kultuurilooline_kollektsioon, lk 9
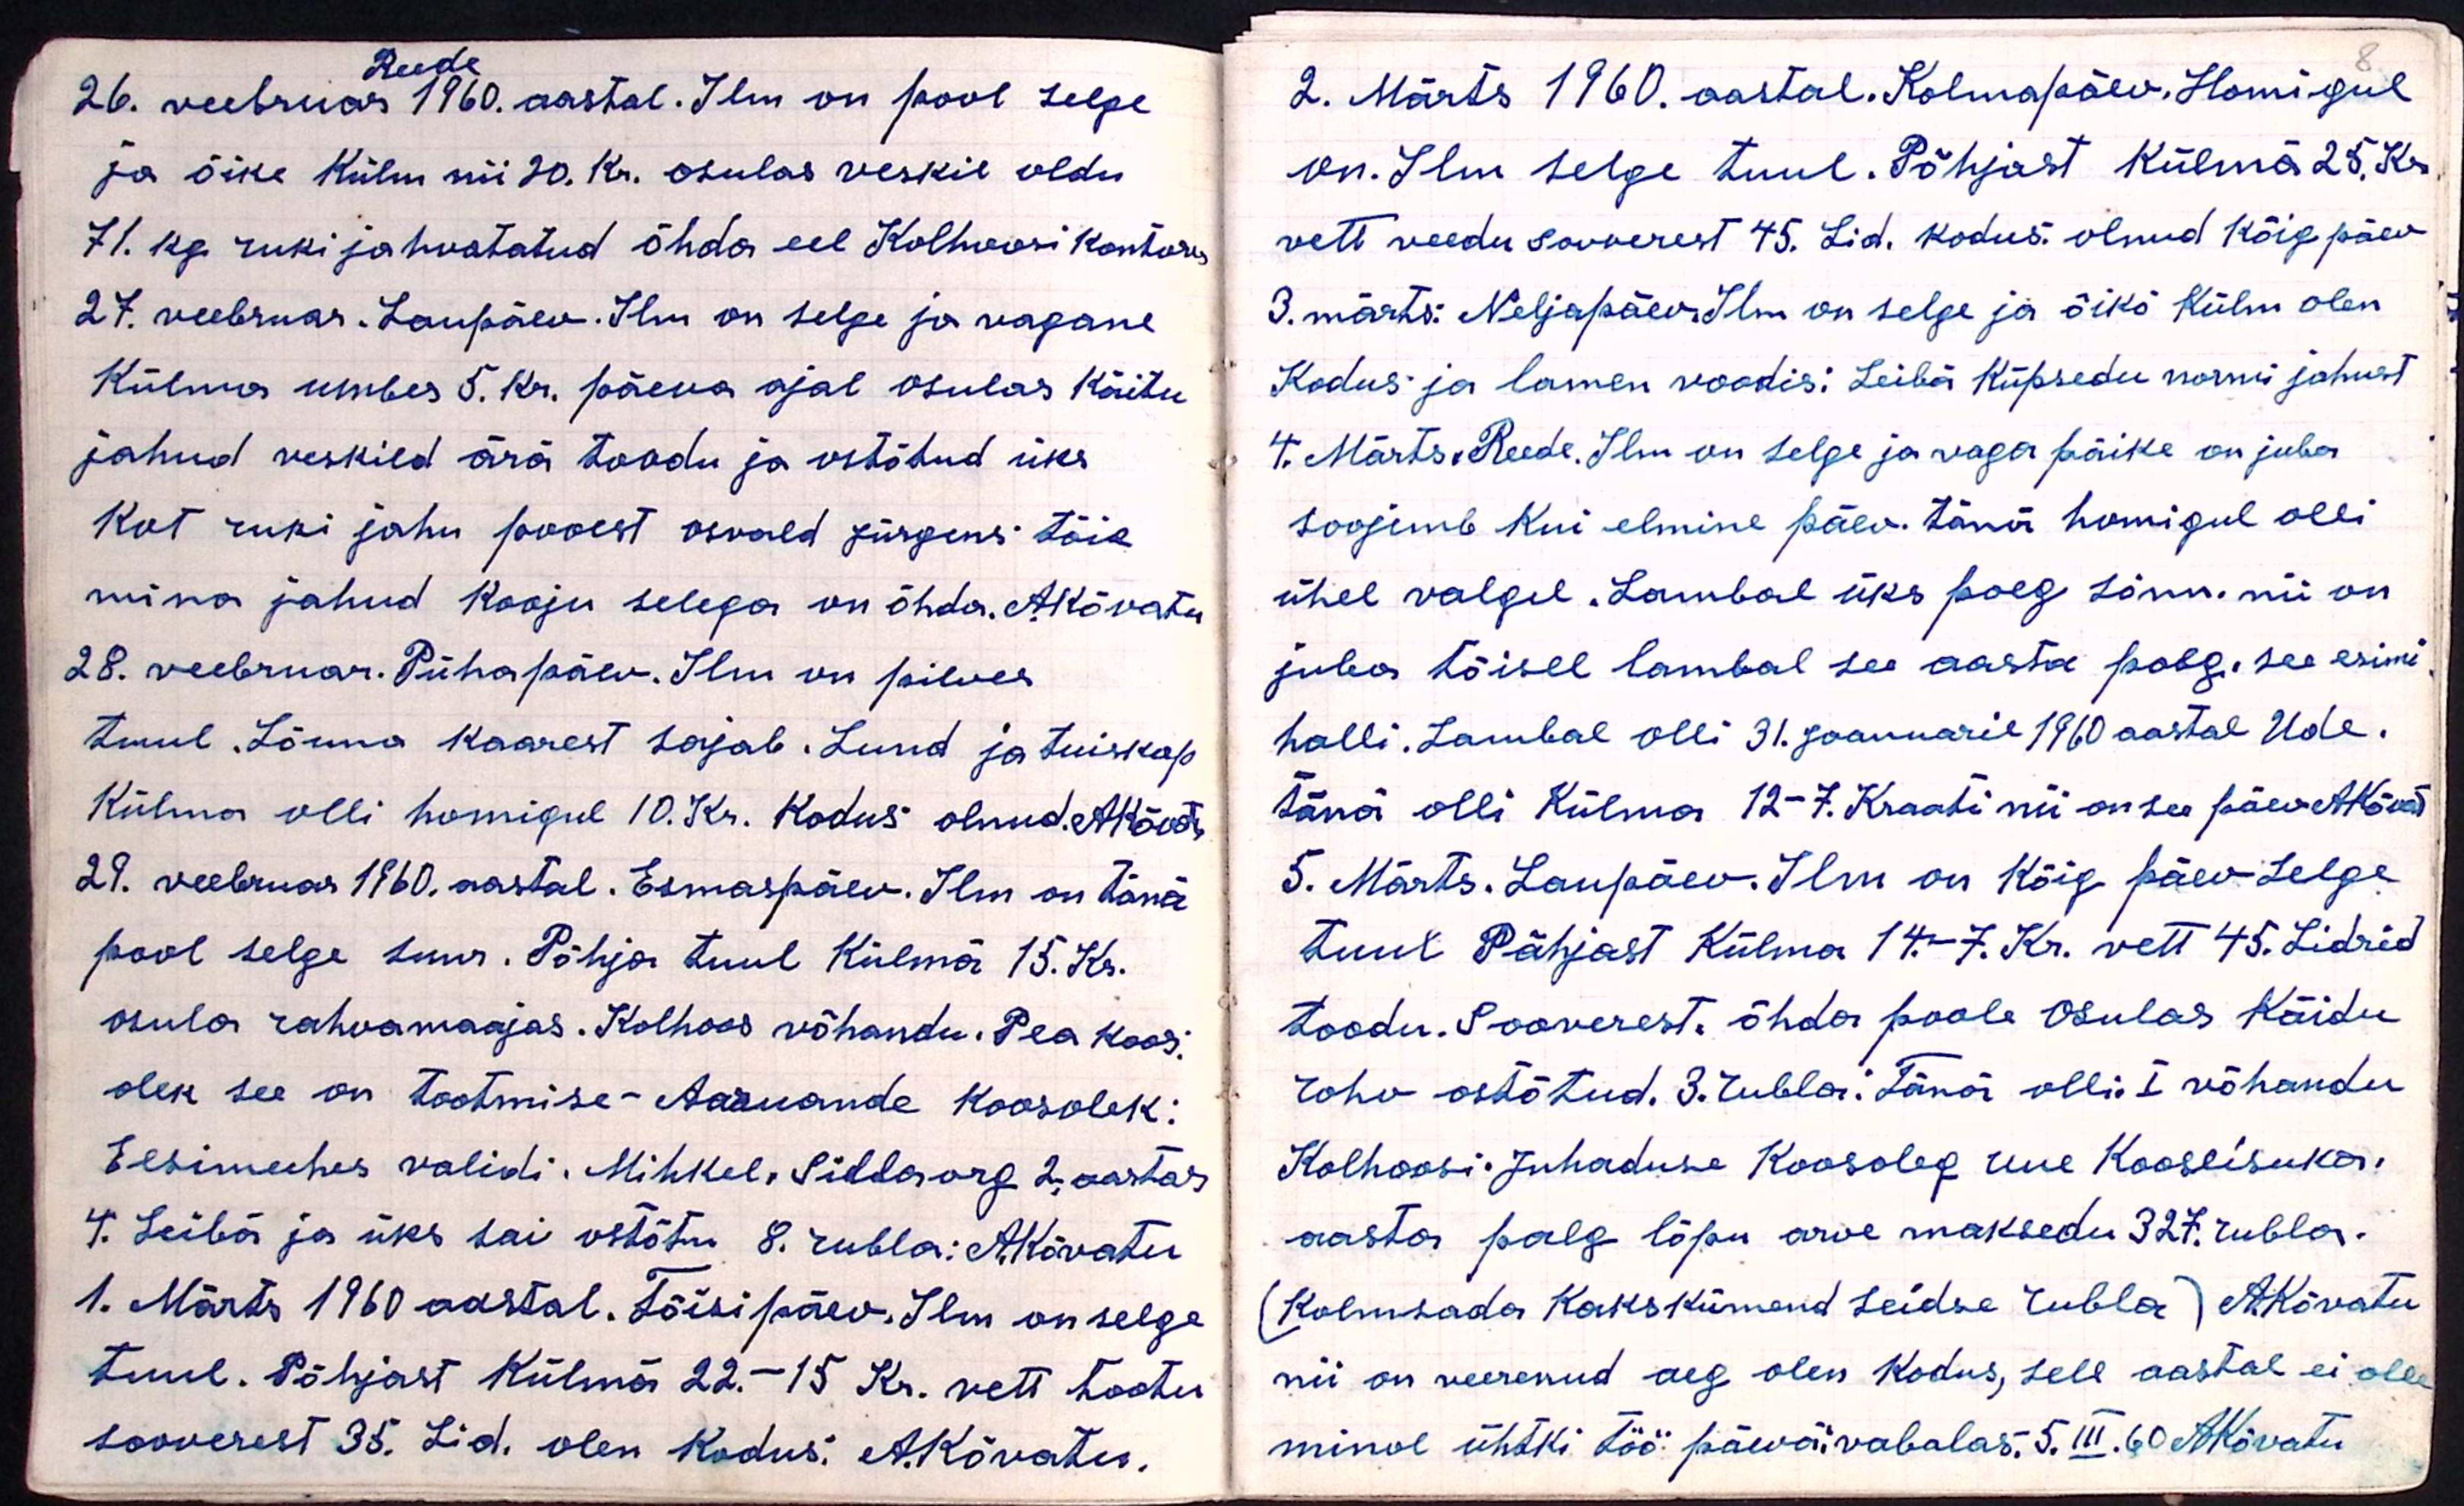
Reede
26. veebruar 1960. aastal. Ilm on pool selge
ja õike külm nii 20. kr. osulas veskil oldu
71. kg ruki jahvatatud õhda eel Kolhoosi kontori
27. veebruar. Laupäev. Ilm on selge ja vagane
Külma umbes 5. kr. päeva ajal osulas Käitu
jahud veskild ärä toodu ja ostõtud üks
Kot ruki jahu pooest osvald jürgens töie
mino jahud kooju selega on õhda. AKõvatu
28. veebruar. Pühapäev. Ilm on pilves
tuul. Lõuna kaarest sajab. Lund ja tuiskap
Külma olli homigul 10. Kr. Kodus olnud. A.Kõvatu
29. veebruar 1960. aastal. Esmaspäev. Ilm on tänä
pool selge suur. Põhja tuul Külmä 15. Kr.
Osula rahvamaajas. Kolhoos võhandu. Pea koos,
olek see on tootmise - Aaruande koosolek:
Eesimeehes validi. Mihkel, Siddaorg 2 aastas
4. Leibä ja üks sai ostõtu 8 rubla: A.Kõvatu
1. Märts 1960 aastal. Tõisipäev. Ilm on selge
tuul. Põhjast Külmä 22.-15 Kr. vett tootu
sooverest 35. Lid. olen kodus. A. Kõvatu

8
2. Märts 1960. aastal. Kolmapäev, Homigul
on. Ilm selge tuul. Põhjast külmä 25. Kr
vett veedu sooverest 45. Lid. kodus olnud kõig päev
3. märts: Neljapäev ilm on selge ja õikõ Külm olen
Kodus ja lamen voodis: Leibä Küpsedu normi jahust
4. Märts. Reede. Ilm on selge ja vaga päike on juba
soojemb kui elmine päev. tänä homigul olli
ühel valgel. Lambal üks poeg sönn. nii on
juba tõisel lambal see aasta poeg. see esimi
halli. Lambal olli 31. Jaanuaril 1960 aastal Ude.
tänä olli külma 12-7. Kraati nii on see päev AKõvat
5. Märts. Laupäev. Ilm on kõig päev Selge
tuul Põhjast Külma 14.-7. Kr. vett 45. Lidrid
toodu. Sooverest. õhda poole Osulas Käidu
roho ostõtud. 3. rubla. Tänä olli. I võhandu
Kolhoosi. Juhaduse Koosoleg uue Kooseisuka.
aasta palg lõpu arve maksedu 327. rubla.
(Kolmsada Kakskümend seidse rubla) AKõvatu
nii on veerenud aeg olen kodus, sell aastal ei olle
minol ühtki töö päevä: vabalas. 5. III. 60 AKõvatu